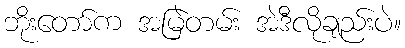
ဘိုးတော်က အမြဲတမ်း အဲဒီလိုချည်းပဲ။